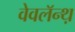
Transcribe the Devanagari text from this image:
वेवलॅन्थ़